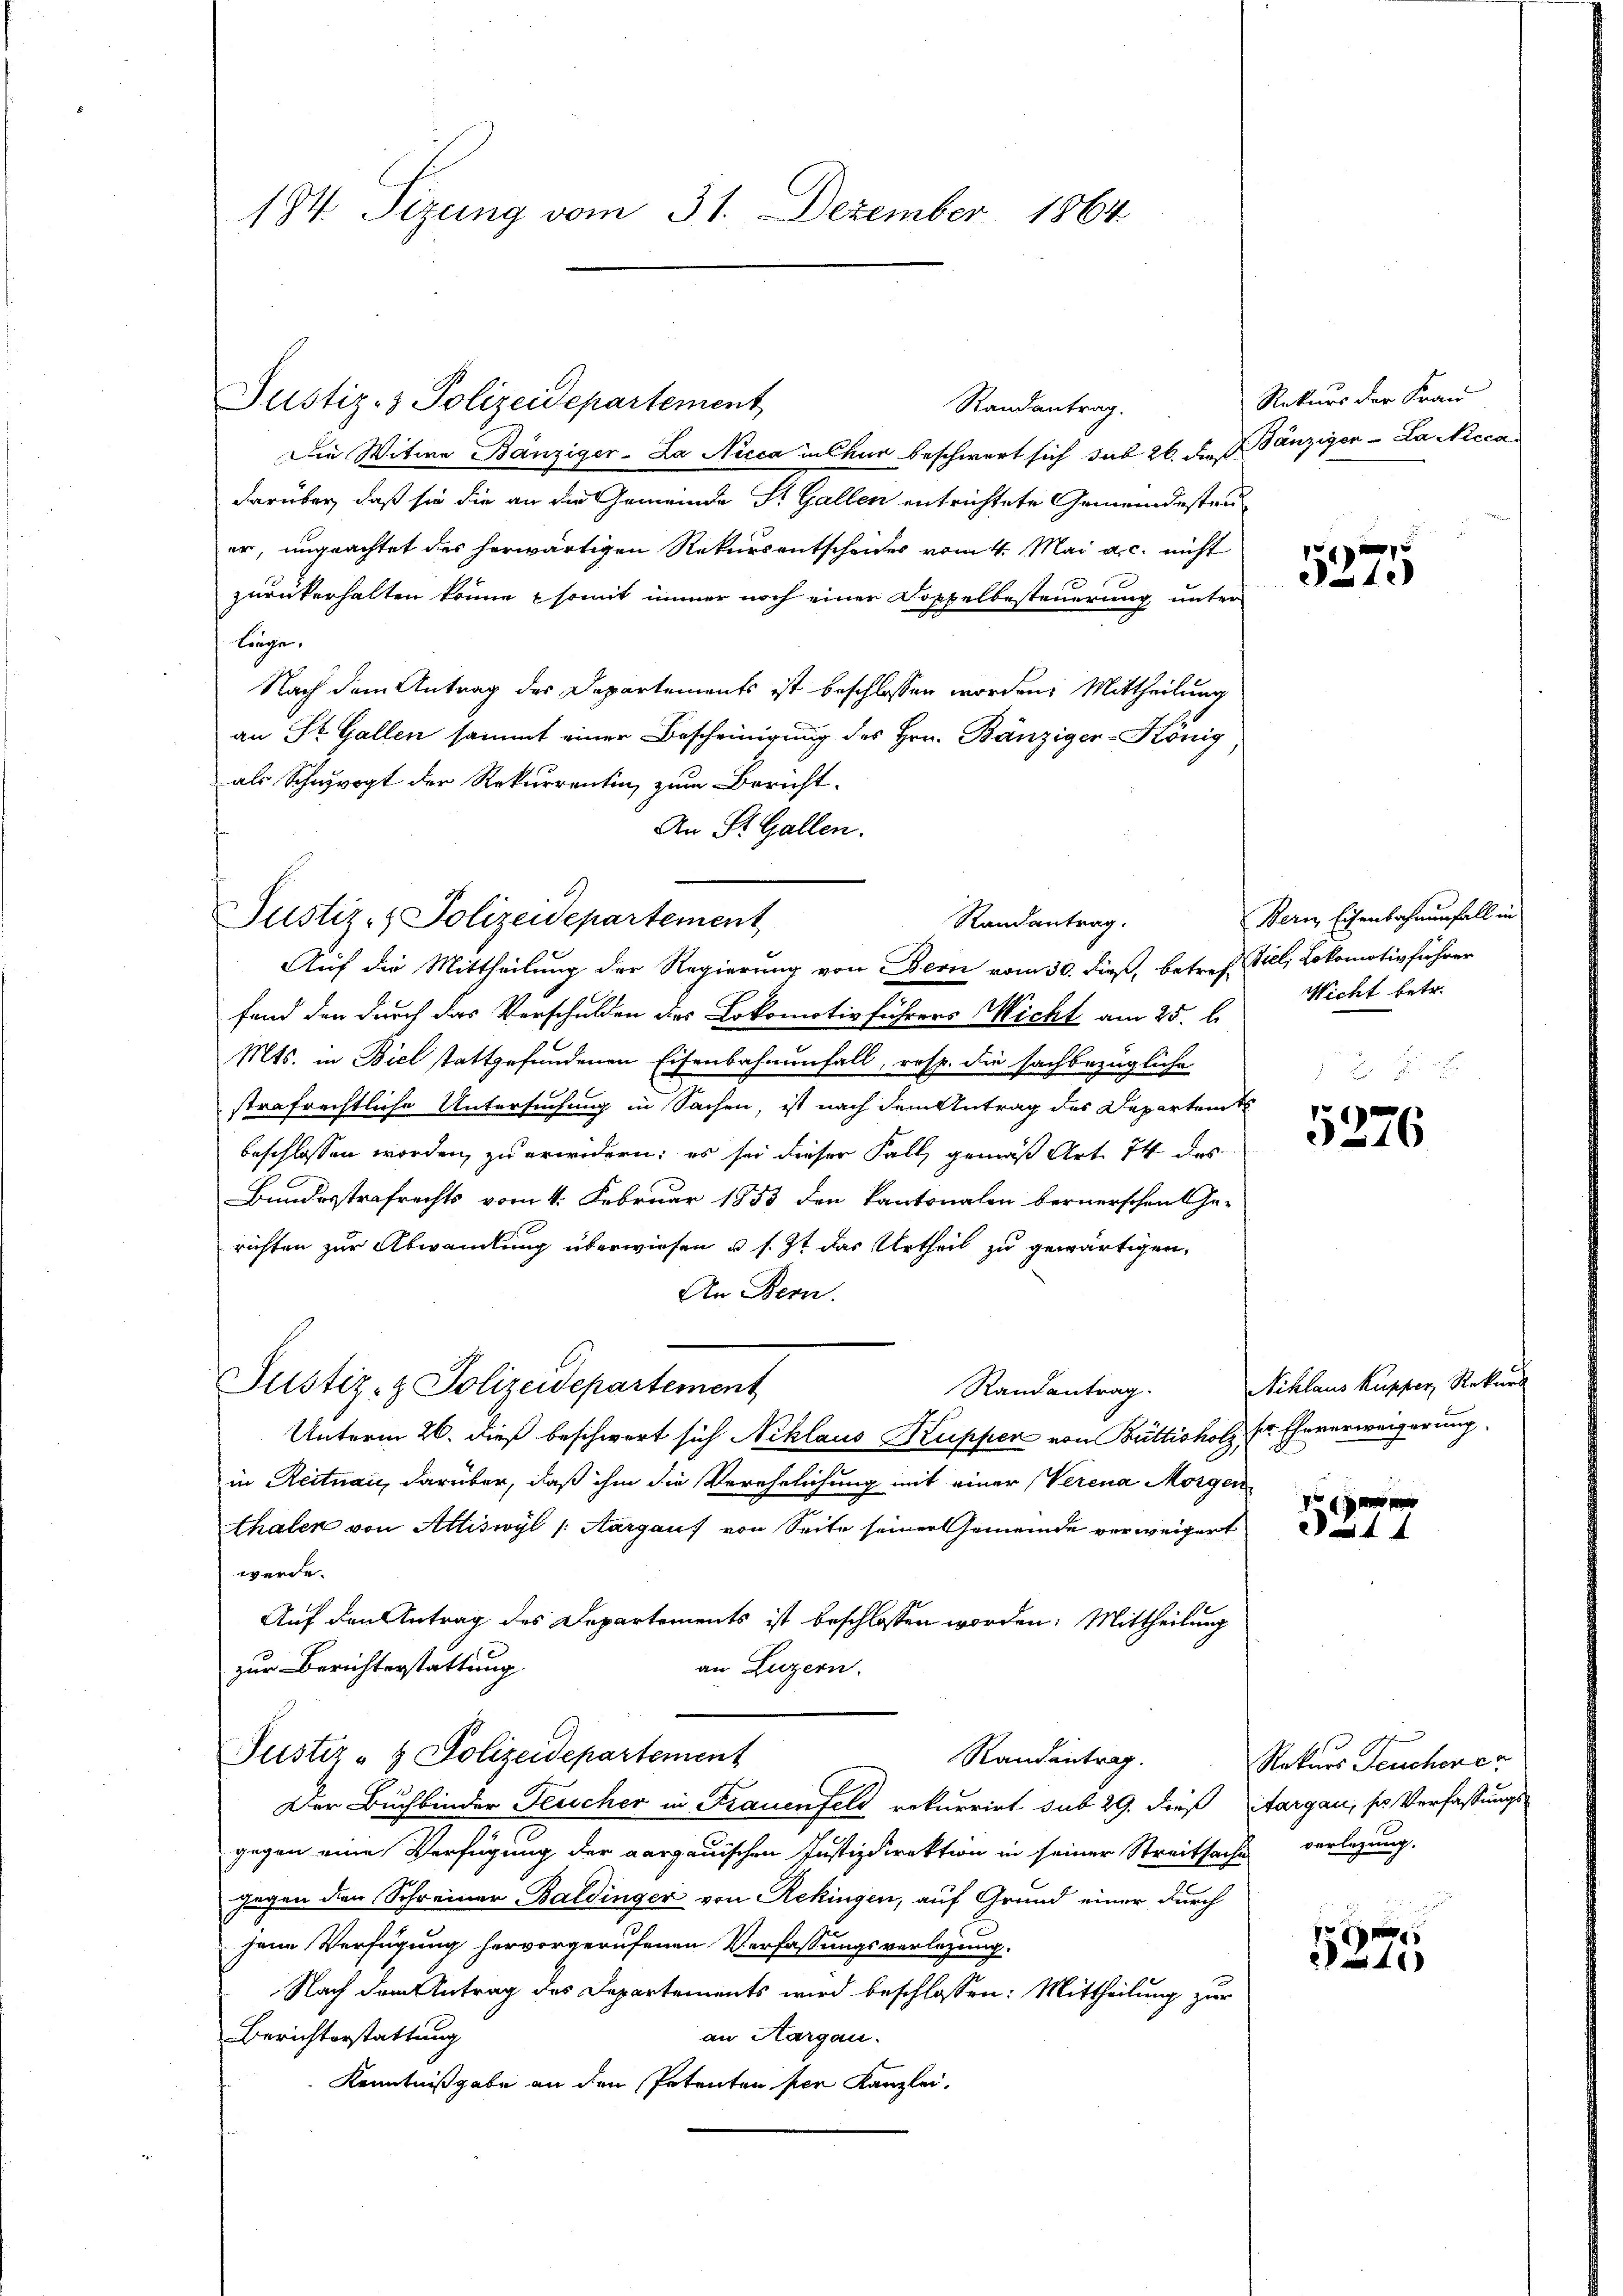
184. Sizung vom 31. Dezember 1864

Randantrag.
Die Witwe Bänziger-La Nicca in Chur beschwert sich sub 26. daß Bänziger-La Neca
darüber, daß sie die an die Gemeinde St. Gallen entrichtete Gemeindestan
er, ungeachtet des herwärtigen Rekursentscheides vom 4. Mai a. c. nicht
zurükerhalten könne somit immer noch einer Doppelbesteuerung unter
liege,
Nach dem Antrag des Departements ist beschlossen worden. Mittheilung
an St. Gallen sammt einer Bescheinigung des Hrn. Bänziger-König
als Schwvogt der Rekurrentin zum Bericht.
An St. Gallen.
Justiz- & Polizeidepartement
Randantrag.
Auf die Mittheilung der Regierung von Bern vom 30. dieß, betreff fiel, Lokomotivführer
fand den durch das Verschulden des Lokomotivführers Wicht am 25. b.
Mts. in Biel stattgefundenen Eisenbahnenfall, resp. die sachbezügliche
1 x
strafrechtliche Untersuchung in Sachen, ist nach dem Antrag des Departents
beschlossen worden, zu erwidern; es sei dieser Fall, gemäß Art. 74 des
Bundesstrafrechts vom 4. Februar 1853 den kantonalen bernerschen Ge-
richten zur Abwandlung überwiesen u. s. Zt das Urtheil zu gewärtigen.
An Bern.
Justiz- & Polizeidepartement
Randantrag.
Unterm 26. dieß beschwert sich Niklaus Kuppen von Büttisholz, C. Eheverweigerung.
in Reitnau, darüber, daß ihm die Verehelichung mit einer Verena Morgen
thalen von Attiswyl /: Aargauf von Seite seiner Gemeinde verweigert
werde.
Auf den Antrag des Departements ist beschlossen worden: Mittheilung
zur Berichterstattung
an Luzern.
Justiz- & Polizeidepartement
Randantrag.
Der Buchbinder Feucher in Frauenfeld rekurrirt sub 29. dieß Aargau, so Verfassungsgegen eine Verfügung der aargauischen Justizdirektion in seiner Streitsache verlegung.
gegen den Schreiner Baldinger von Rekingen, auf Grund einer durch
jene Verfügung hervorgerufenen Verfassungsverlegung.
Nach dem Antrag des Departements wird beschlossen: Mittheilung zur
an Aargau.
Berichterstattung
Kenntnißgabe an den Petenten per Kanzlei.

Justiz- & Polizeidepartement

Rekurs der Frau
5375

Bern Eisenbahnunfall in
Wicht betr.

5276

Niklaus Kupper, Rekurs

x
Rekurs Feuchen er
er

4
4 x

1
4